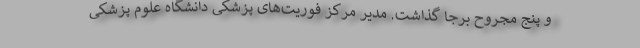
و پنج مجروح برجا گذاشت. مدیر مرکز فوریت‌های پزشکی دانشگاه علوم پزشکی